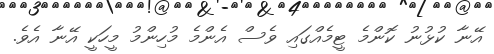
އޭނާ ކުޅުނު ކޮންމެ ޓީމެއްގައި ވެސް އެންމެ މުހިންމު މީހަކީ އޭނާ އެވެ.